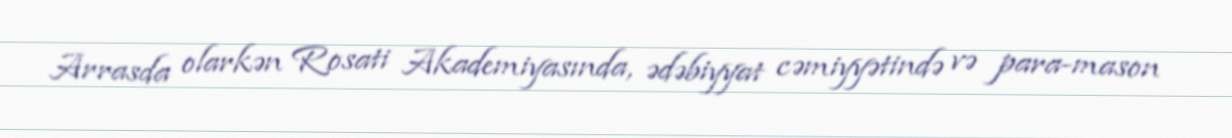
Arrasda olarkən Rosati Akademiyasında, ədəbiyyat cəmiyyətində və para-mason